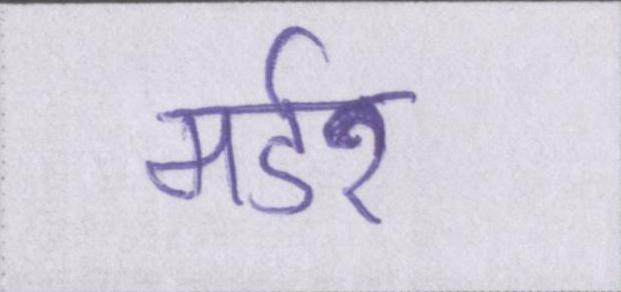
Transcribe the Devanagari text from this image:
मर्डर